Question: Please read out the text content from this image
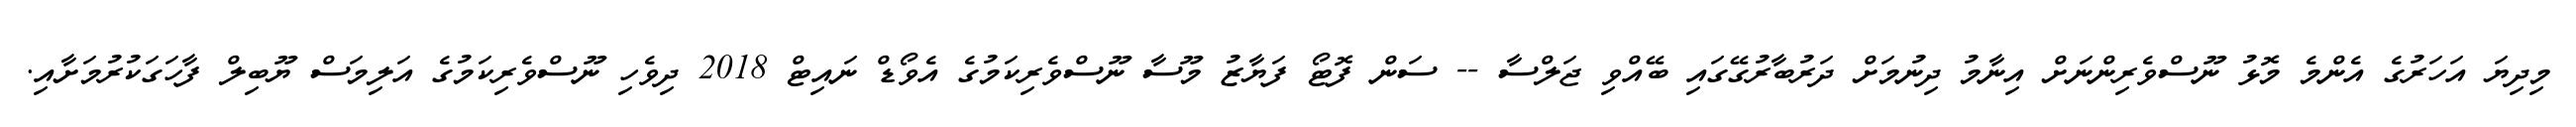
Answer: މިދިޔަ އަހަރުގެ އެންމެ މޮޅު ނޫސްވެރިންނަށް އިނާމު ދިނުމަށް ދަރުބާރުގޭގައި ބޭއްވި ޖަލްސާ -- ސަން ފޮޓޯ ފަޔާޒު މޫސާ ނޫސްވެރިކަމުގެ އެވޯޑް ނައިޓް 2018 ދިވެހި ނޫސްވެރިކަމުގެ އަލިމަސް ޔޫބިލް ފާހަގަކުރުމަށާއި.